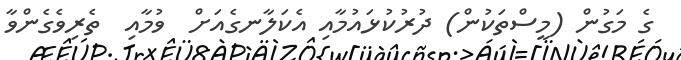
ގެ މަގުން (މީސްތަކުން) ދުރުކުޅައުމާއި އެކަލާނގެއަށް  ވުމާއި  ތެރިވެގެންވާ